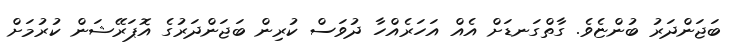
ބަޖަންދަރު ބުންޏެވެ. ގާތްގަނޑަށް އެއް އަހަރެއްހާ ދުވަސް ކުރިން ބަޖަންދަރުގެ އޮޕަރޭޝަން ކުރުމަށް